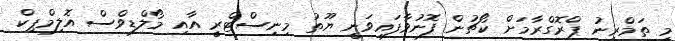
މި ތަމްރީނު ޕްރޮގްރާމަށް ކޯޗުން ފޮނުވާފައިވަނީ ޔޫތު މިނިސްޓްރީ އާއި މޯލްޑިވްސް އޮލިމްޕިކް